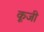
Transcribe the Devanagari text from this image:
कूजी